Annual administration report of the Bombay Presidency - 1887-1892
Year: 1887
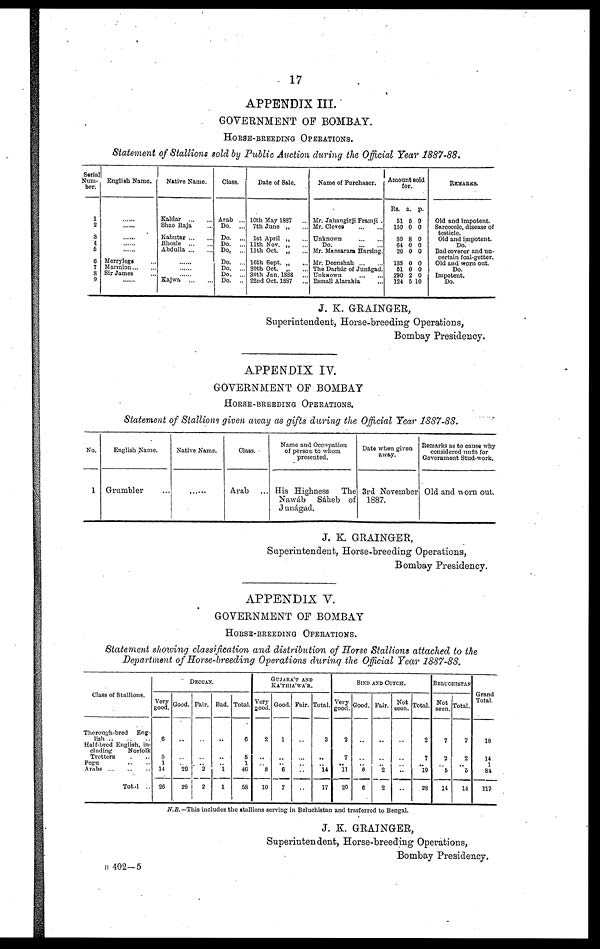
17
APPENDIX III.
GOVERNMENT OF BOMBAY.
HORSE-BREEDING OPERATIONS.
Statement of Stallions sold by Public Auction during the Official Year 1887-88.
Serial
Num-
ber.
1
2
3
4
5
6
7
8
9
English Name.
......
......
......
......
......
Merrylegs ...
Marmion ... ...
Sir James ...
......
Native Name.
Kaldar
...
...
Shao Raja ...
Kabutar ... ...
Bhosle
...
...
Abdulla
...
...
......
......
......
Kajwa
...
...
Class.
Arab ...
Do.
...
Do.
...
Do.
...
Do.
...
Do.
...
Do.
...
Do.
...
Do.
..
Date of Sale.
10th May 1887
...
7th June „ ...
1st April „ ...
11th Nov. „ ...
11th Oct. „ ...
10th Sept. „ ...
20th Oct
30th Jan. 1888
...
22nd Oct. 1887
Name of Purchaser.
Mr. Jahangirji Framji .
Mr. Cleves
...
...
Unknown
Do.
Mr. Mansaram Harsing.
Mr. Deenshah
...
...
The Darbár of Junágad.
Unknown
...
...
Esmall Alarakia ...
Amount sold
for.
Rs.
51
150
80
64
26
135
51
290
124
a.
5
0
8
0
0
0
0
2
5
p.
9
0
0
0
0
0
0
0
10
REMARKS.
Old and impotent.
Sarcocele, disease of
testicle.
Old and impotent.
Do.
Bad coverer and un-
certain foal-getter.
Old and worn out.
Do.
Impotent.
Do.
J. K. GRAINGER,
Superintendent, Horse-breeding Operations,
Bombay Presidency.
APPENDIX IV.
GOVERNMENT OF BOMBAY
HORSE-BREEDING OPERATIONS.
Statement of Stallions given away as gifts during the Official Tear 1887-88.
No.
1
English Name.
Grumbler ...
Native Name.
......
Class.
Arab ...
Name and Occupation
of person to whom
presented.
His Highness The
Nawáb Sáheb of
Junágad.
Date when given
away.
3rd November
1887.
Remarks as to cause why
considered unfit for
Government Stud-work.
Old and worn out.
J. K. GRAINGER,
Superintendent, Horse-breeding Operations,
Bombay Presidency.
APPENDIX V.
GOVERNMENT OF BOMBAY
HORSE-BREEDING OPERATIONS.
Statement showing classification and distribution of Horse Stallions attached to the
Department of Horse-breeding Operations during the Official Year 1887-88.
Class of Stallions.
Thorough-bred
Eng-
lish
..
..
..
Half-bred English, in-
cluding
Norfolk
Trotters . ..
Pegu .. ..
Arabs ... .. ..
Total ..
DECCAN
Very
Good.
6
5
1
14
26
Good.
..
..
.. 29
29
Fair.
..
..
.. 2
2
Bad.
..
..
.. 1
1
Total.
6
5
1
46
58
GUJARÁT AND
KÁTHIÁWÁR
Very
good.
2
..
.. 8
10
Good.
1
..
.. 6
7
Fair.
..
..
..
..
..
Total.
3
..
.. 14
17
SIND AND CUTCH.
Very
good.
2
7
.. 11
20
Good.
..
..
.. 6
6
Fair.
..
..
.. 2
2
Not
seen.
..
..
..
..
..
Total.
2
7
.. 19
28
BELUCHISTAN
Not
seen.
7
2
.. 6
14
Total.
7
2
.. 5
14
Grand
Total.
18
14
1
84
117
N.B.— This includes the stallions serving in Beluchistan and trasferred to Bengal.
J. K. GRAINGER,
Superintendent, Horse-breeding Operations,
Bombay Presidency.
B 402-5